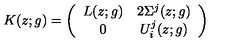
K ( z ; g ) = \left( \begin{array} { c c } { L ( z ; g ) } & { 2 \Sigma ^ { j } ( z ; g ) } \\ { 0 } & { U _ { i } ^ { j } ( z ; g ) } \\ \end{array} \right)